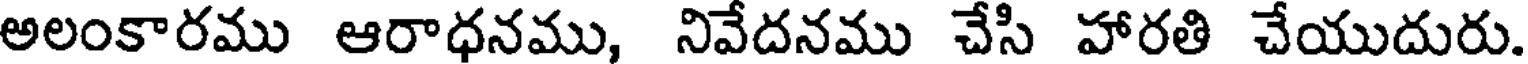
అలంకారము ఆరాధనము, నివేదనము చేసి హారతి చేయుదురు.